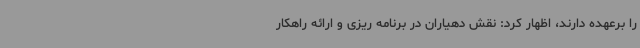
را برعهده دارند، اظهار کرد: نقش دهیاران در برنامه ریزی و ارائه راهکار